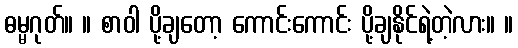
ဓမ္မဂုတ်။ ။ စာဝါ ပို့ချတော့ ကောင်းကောင်း ပို့ချနိုင်ရဲ့တဲ့လား။ ။